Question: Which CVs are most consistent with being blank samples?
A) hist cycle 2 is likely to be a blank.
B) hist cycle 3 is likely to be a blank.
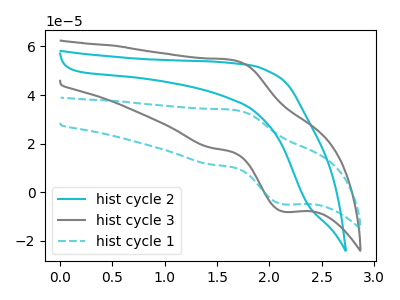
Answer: <think>The cyan curve "hist cycle 2" has no peaks. The gray curve "hist cycle 3" has an anodic peak at (1.65V, 54.35uA) and a cathodic peak at (2.15V, -8.05uA). The cyan dashed curve "hist cycle 1" has an anodic peak at (1.65V, 33.90uA) and a cathodic peak at (2.15V, -5.05uA).</think>
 <answer>A) "hist cycle 2" is likely to be a blank.</answer>
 <eval>A</eval>